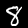
Label: 8